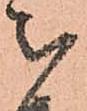
被